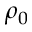
\rho _ { 0 }